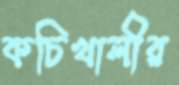
কচিখালীর